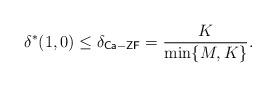
LaTeX: \begin{align*}&~\delta^*(1,0) \leq \delta_{\mathsf{Ca-ZF}} = \frac{K}{\min\{M,K\}}.\end{align*}